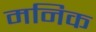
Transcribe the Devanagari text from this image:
मनिक